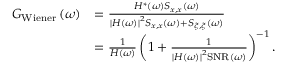
\begin{array} { r } { \begin{array} { r l } { G _ { \mathrm { W i e n e r } } \left( \omega \right) } & { = \frac { H ^ { * } \left( \omega \right) S _ { x , x } \left( \omega \right) } { \left| H \left( \omega \right) \right| ^ { 2 } S _ { x , x } \left( \omega \right) + S _ { \xi , \xi } \left( \omega \right) } } \\ & { = \frac { 1 } { H \left( \omega \right) } \left( 1 + \frac { 1 } { \left| H \left( \omega \right) \right| ^ { 2 } \mathrm { S N R } \left( \omega \right) } \right) ^ { - 1 } . } \end{array} } \end{array}